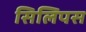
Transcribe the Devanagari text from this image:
सिलिपस